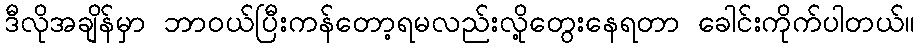
ဒီလိုအချိန်မှာ ဘာဝယ်ပြီးကန်တော့ရမလည်းလို့တွေးနေရတာ ခေါင်းကိုက်ပါတယ်။